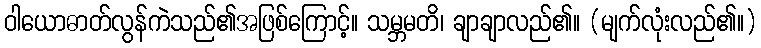
ဝါယောဓာတ်လွန်ကဲသည်၏အဖြစ်ကြောင့်။ သမ္ဘမတိ၊ ချာချာလည်၏။ (မျက်လုံးလည်၏။)